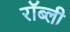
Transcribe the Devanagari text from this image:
रॉब्ली